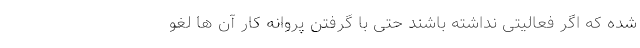
شده که اگر فعالیتی نداشته باشند حتی با گرفتن پروانه کار آن ها لغو